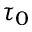
\tau _ { 0 }